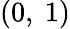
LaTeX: (0,~1)